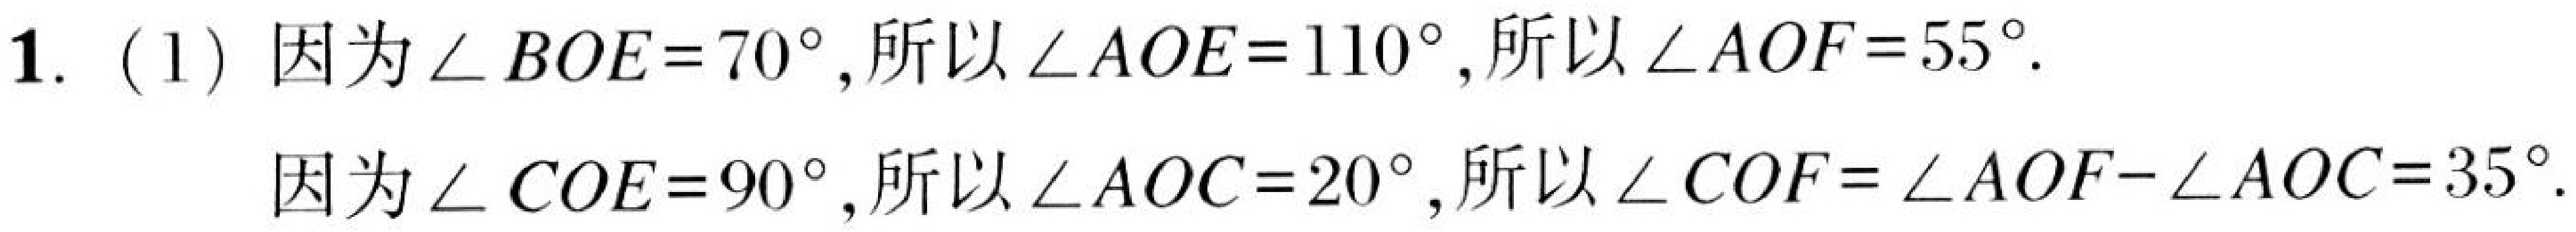
1. (1) 因为\(\angle BOE = 70^{\circ}\), 所以\(\angle AOE = 110^{\circ}\), 所以\(\angle AOF = 55^{\circ}\).

因为\(\angle COE = 90^{\circ}\), 所以\(\angle AOC = 20^{\circ}\), 所以\(\angle COF=\angle AOF - \angle AOC = 35^{\circ}\).